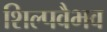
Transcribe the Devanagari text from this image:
शिल्पवैभव